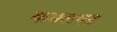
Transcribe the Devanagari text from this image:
कमलगड